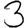
Digit: 3